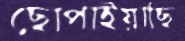
ছোপাইয়াছি